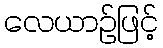
လေယာဉ်ဖြင့်